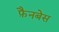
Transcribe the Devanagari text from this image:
फ़ैनबेस